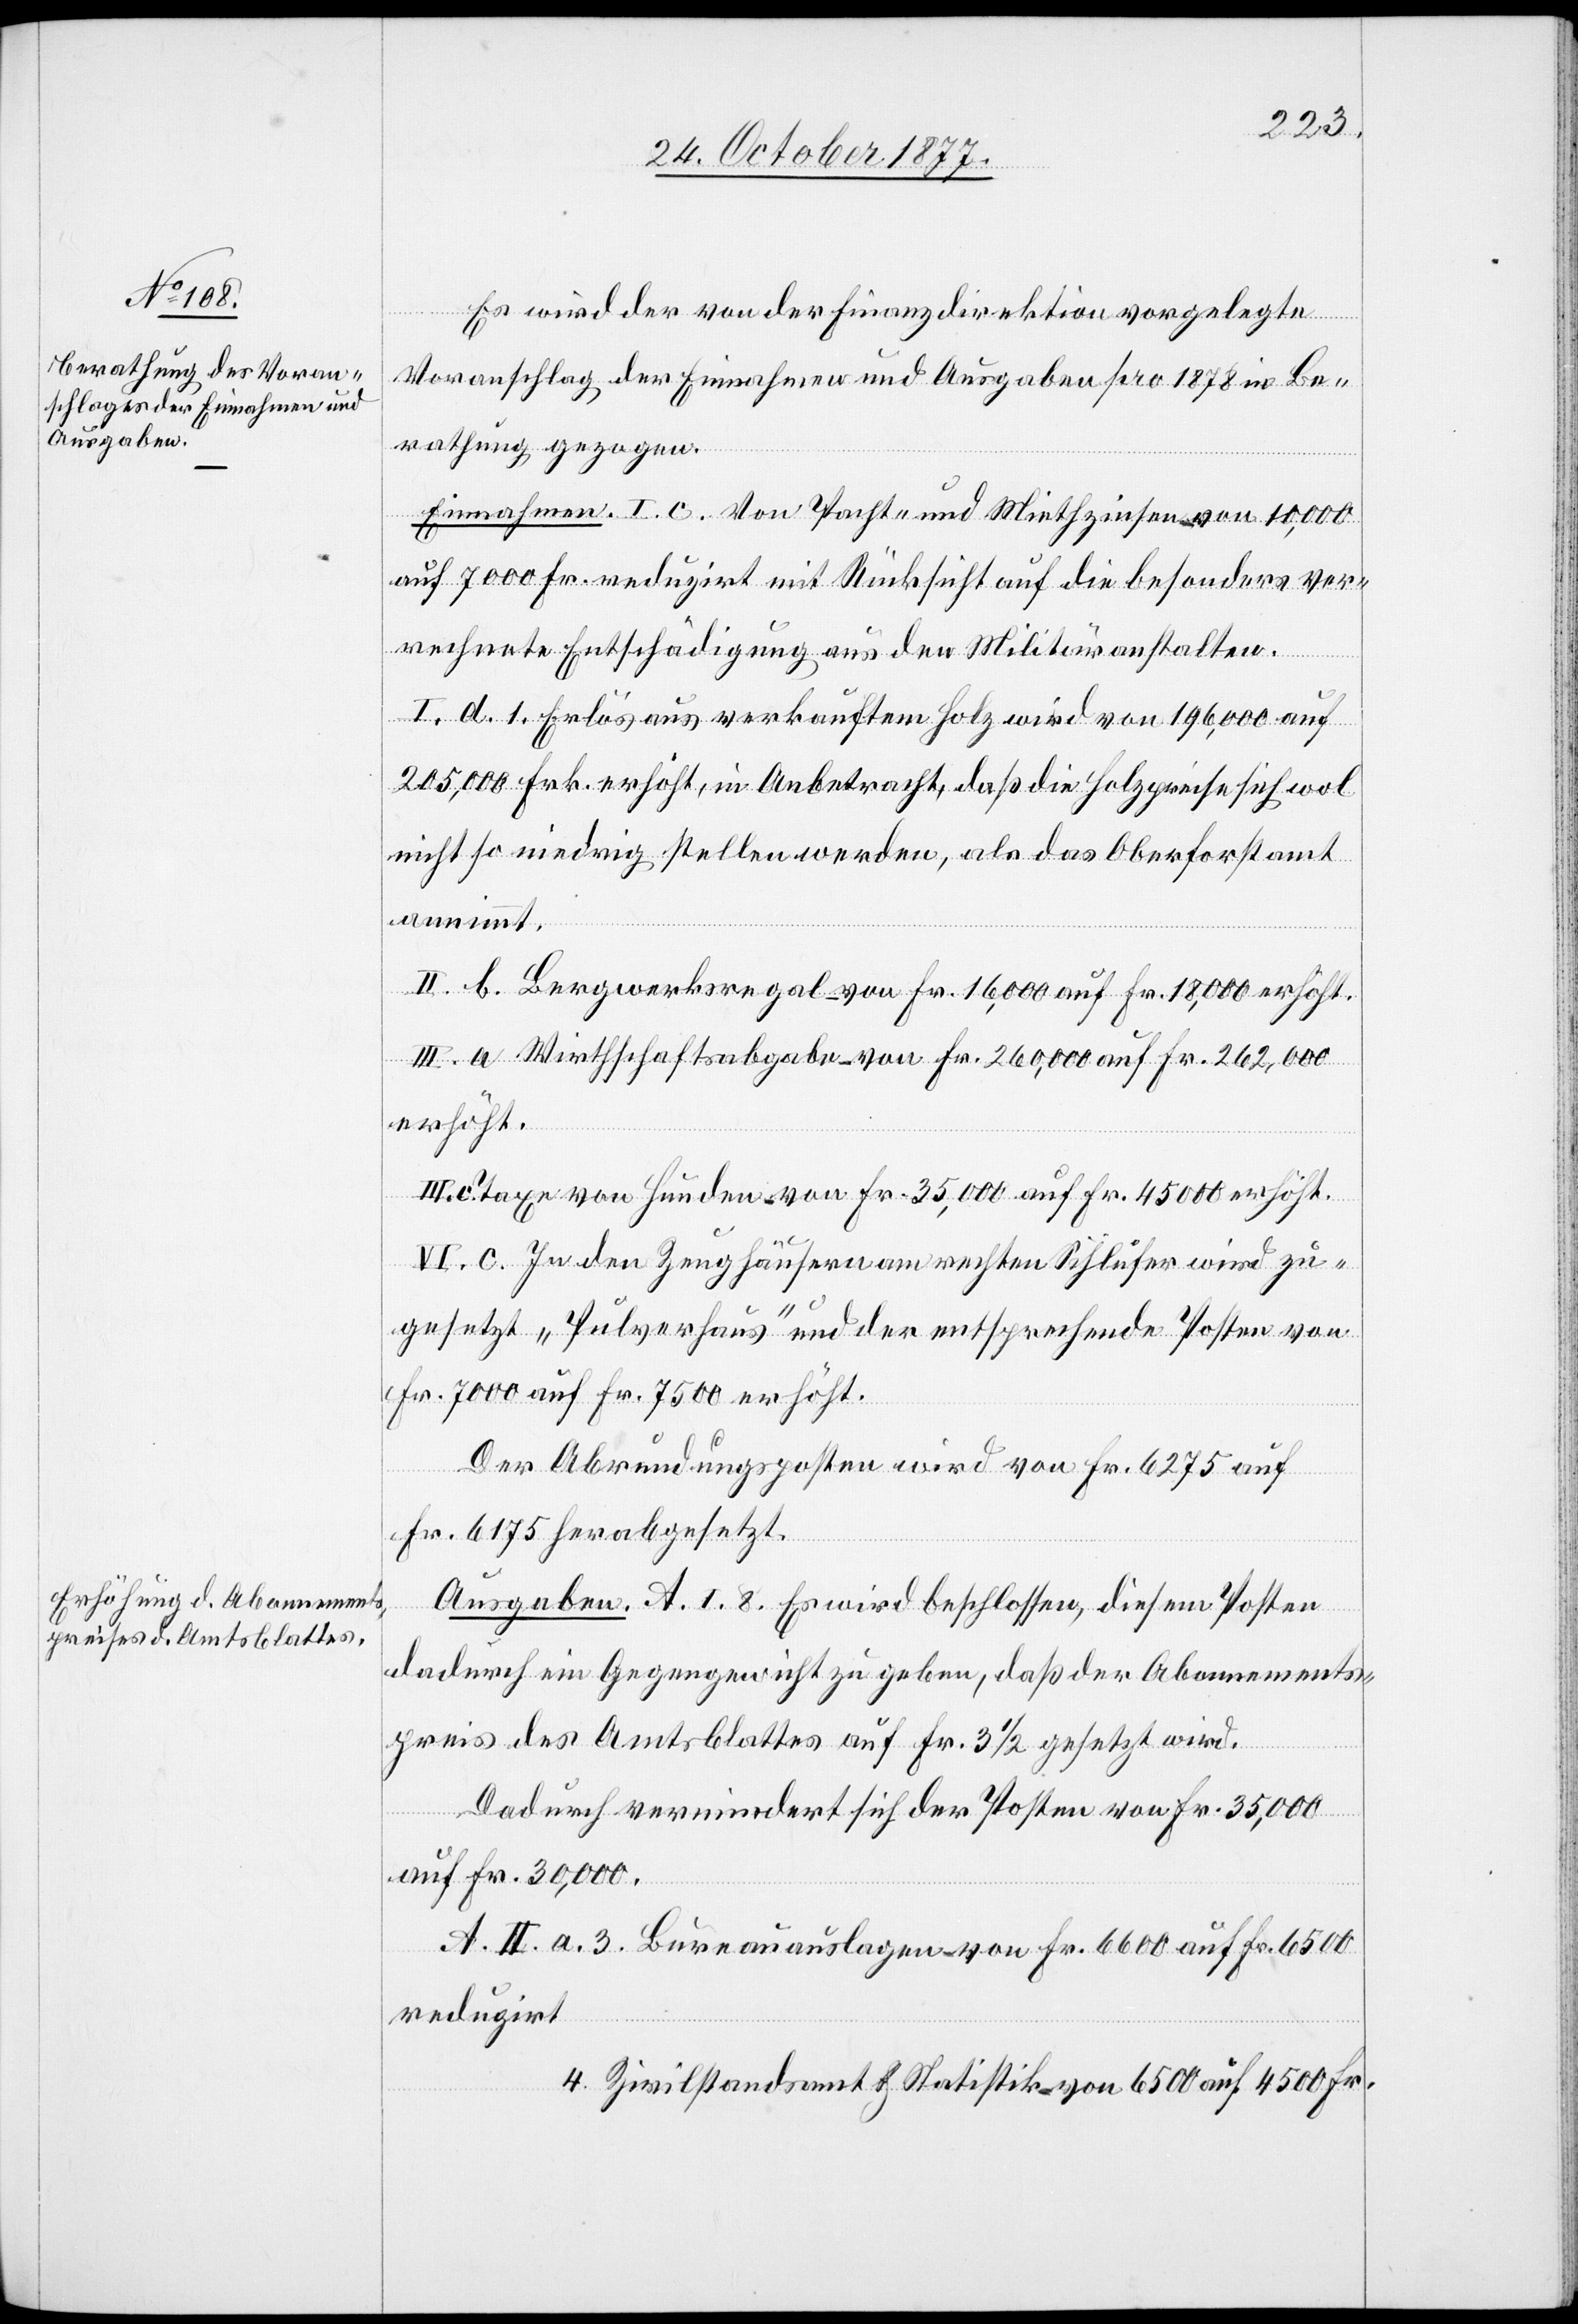
Es wird der von der Finanzdirektion vorgelegte
Voranschlag der Einnahmen und Ausgaben pro 1878 in Be¬
rathung gezogen.
Einnahmen. I. c. Von Pacht- und Miethzinsen – von 10,000
auf 7000 Fr. reduzirt mit Rücksicht auf die besonders ver¬
rechnete Entschädigung aus den Militäranstalten.
I. d. 1. Erlös aus verkauftem Holz wird von 196,000 auf
205,000 Frk. erhöht, in Anbetracht, daß die Holzpreise sich wol
nicht so niedrig stellen werden, als das Oberforstamt
annimmt.
II. b. Bergwerksregal – von Fr. 16,000 auf Fr. 18,000 erhöht.
III. a. Wirthschaftsabgabe – von Fr. 260,000 auf Fr. 262,000
erhöht.
Taxe von Hunden – von Fr. 35,000 auf Fr. 45 000 erhöht.
VI. c. In den Zeughäusern am rechten Sihlufer wird zu¬
gesetzt „Pulverhaus“ und der entsprechende Posten von
Fr. 7000 auf Fr. 7500 erhöht.
Der Abrundungsposten wird von Fr. 6275 auf
Fr. 6175 herabgesetzt.
Ausgaben. A. I. 8. Es wird beschlossen, diesem Posten
dadurch ein Gegengewicht zu geben, daß der Abonnements¬
preis des Amtsblattes auf Fr. 3 1/2 gesetzt wird.
Dadurch vermindert sich der Posten von Fr. 35,000
auf Fr. 30,000.
A. II. a. 3. Bureauauslagen – von Fr. 6600 auf Fr. 6500
reduzirt
4. Zivilstandsamt & Statistik – von 6500 auf 4500 Fr.